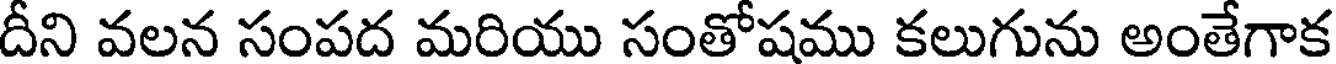
దీని వలన సంపద మరియు సంతోషము కలుగును అంతేగాక